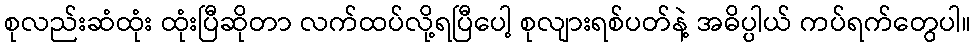
စုလည်းဆံထုံး ထုံးပြီဆိုတာ လက်ထပ်လို့ရပြီပေါ့ စုလျားရစ်ပတ်နဲ့ အဓိပ္ပါယ် ကပ်ရက်တွေပါ။